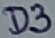
Text: D3